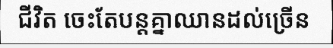
ជីវិត ចេះតែបន្តគ្នាឈានដល់ច្រើន